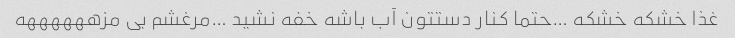
غذا خشکه خشکه …حتما کنار دستتون آب باشه خفه نشید …مرغشم بی مزههههههه